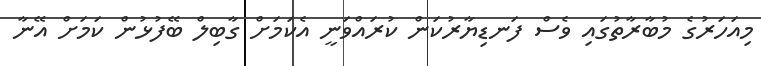
މިއަހަރުގެ މުބާރާތުގައި ވެސް ފަނޑިޔާރުކަން ކުރައްވަނީ އެކަމަށް ގާބިލް ބޭފުޅުން ކަމަށް އޭނާ